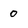
Character: 0